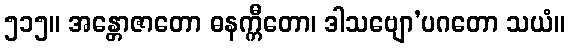
၅၁၅။ အန္တောဇာတော ဓနက္ကီတော၊ ဒါသဗျော’ပဂတော သယံ။